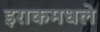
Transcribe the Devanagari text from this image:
इराकमधले